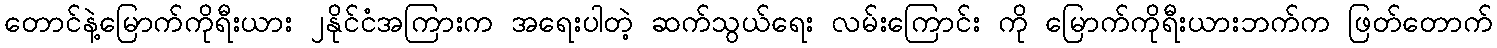
တောင်နဲ့မြောက်ကိုရီးယား ၂နိုင်ငံအကြားက အရေးပါတဲ့ ဆက်သွယ်ရေး လမ်းကြောင်း ကို မြောက်ကိုရီးယားဘက်က ဖြတ်တောက်